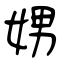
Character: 娚